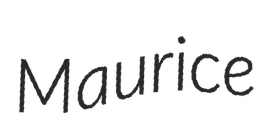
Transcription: Maurice